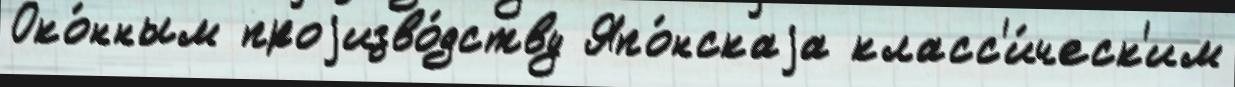
Око́нным проjизво́дству Япо́нскаjа класс'и́ческ'им